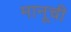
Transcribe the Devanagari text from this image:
मानूची